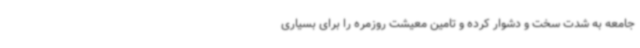
جامعه به شدت سخت و دشوار کرده و تامین معیشت روزمره را برای بسیاری